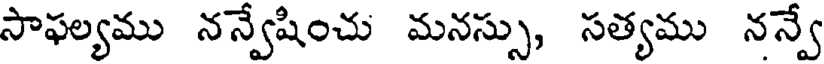
సాఫల్యము నన్వేషించు మనస్సు, సత్యము నన్వే